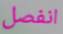
انفصل